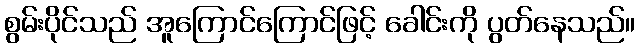
စွမ်းပိုင်သည် အူကြောင်ကြောင်ဖြင့် ခေါင်းကို ပွတ်နေသည်။